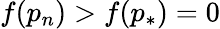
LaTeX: f(p_{n})>f(p_{*})=0